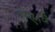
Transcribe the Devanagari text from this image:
गए।वे